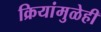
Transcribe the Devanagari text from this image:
क्रियांमुळेही